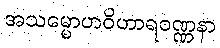
အသမ္မောဟဝိဟာရဝဏ္ဏနာ